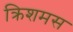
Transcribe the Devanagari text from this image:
क्रिशमस